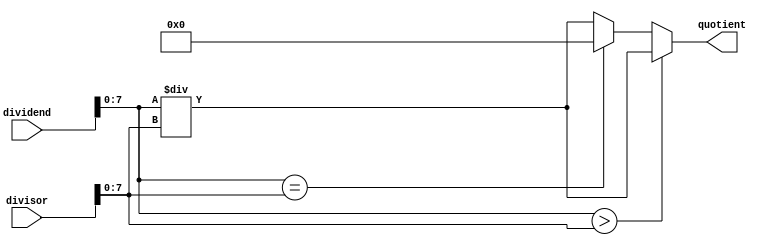
module Fractional_Divider (
    input [15:0] dividend,
    input [15:0] divisor,
    output reg [15:0] quotient
);

reg [15:0] dividend_integer;
reg [15:0] divisor_integer;
reg [15:0] dividend_fractional;
reg [15:0] divisor_fractional;
reg [15:0] quotient_integer;
reg [15:0] quotient_fractional;

assign dividend_integer = dividend[15:8];
assign dividend_fractional = dividend[7:0];
assign divisor_integer = divisor[15:8];
assign divisor_fractional = divisor[7:0];

always @* begin
    // Perform Integer Division
    quotient_integer = dividend_integer / divisor_integer;
    
    // Perform Fractional Division
    quotient_fractional = dividend_fractional / divisor_fractional;
    
    // Handle Scaling and Rounding of Fractional Part
    if (dividend_fractional > divisor_fractional) begin
        quotient_integer = quotient_integer + 1;
    end
    else if (dividend_fractional == divisor_fractional) begin
        quotient_integer = quotient_integer + 1;
        quotient_fractional = 0;
    end
    
    // Combine Integer and Fractional Quotient
    quotient = {quotient_integer, quotient_fractional};
end

endmodule